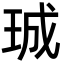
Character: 珹